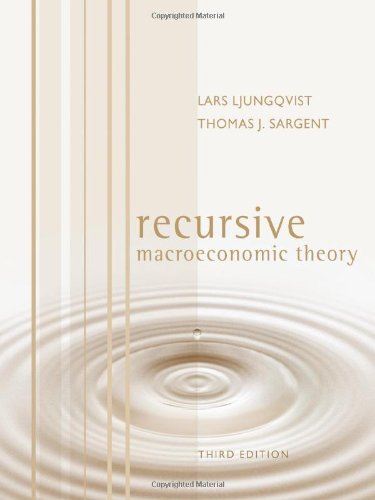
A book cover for Recursive Macroeconomic Theory; Lars Ljungqvist; Business & Money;